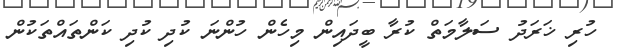
ހުރި ޚަރަދު ސަލާމަތް ކުރާ ބީދައިން މިހެން ހުންނަ ކުދި ކުދި ކަންތައްތަކުން